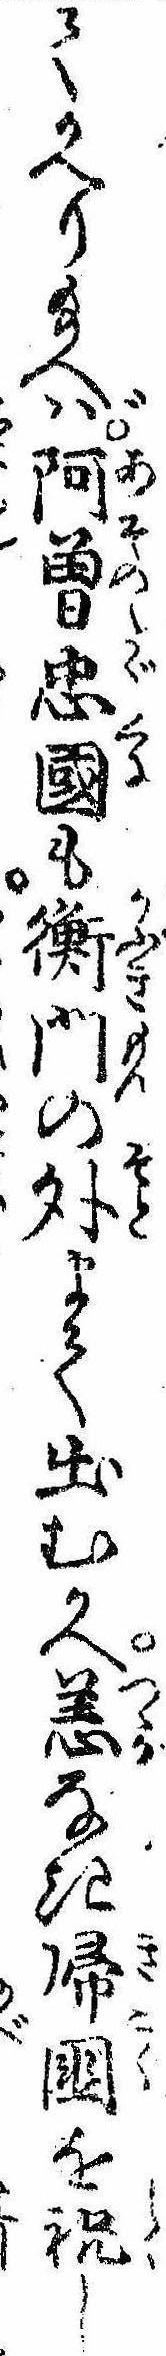
てかへり給へば阿曽忠国も衡門の外まて出むかへ恙なき帰国を祝し